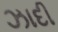
ઝાદી